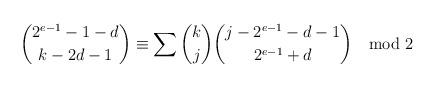
LaTeX: \begin{align*}\binom{2^{e-1}-1-d}{k-2d-1}\equiv\sum\binom kj\binom{j-2^{e-1}-d-1}{2^{e-1}+d}\mod 2\end{align*}